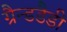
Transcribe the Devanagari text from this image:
ग्रैन्डडैडी